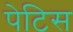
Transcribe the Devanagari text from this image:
पेटिस